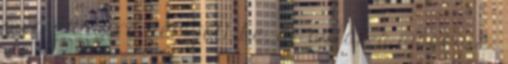
még annyira nem jött be, de aztán a második,